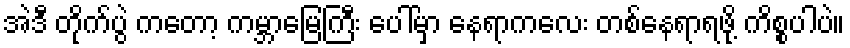
အဲဒီ တိုက်ပွဲ ကတော့ ကမ္ဘာမြေကြီး ပေါ်မှာ နေရာကလေး တစ်နေရာရဖို့ ကိစ္စပါပဲ။